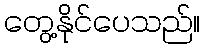
တွေ့နိုင်ပေသည်။